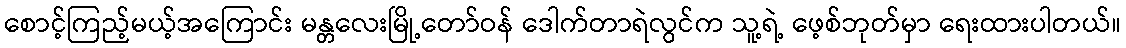
စောင့်ကြည့်မယ့်အကြောင်း မန္တလေးမြို့တော်ဝန် ဒေါက်တာရဲလွင်က သူ့ရဲ့ ဖေ့စ်ဘုတ်မှာ ရေးထားပါတယ်။